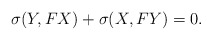
\begin{align*}\sigma(Y,FX)+\sigma(X,FY)=0.\end{align*}